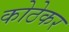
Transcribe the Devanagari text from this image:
कोठेकर